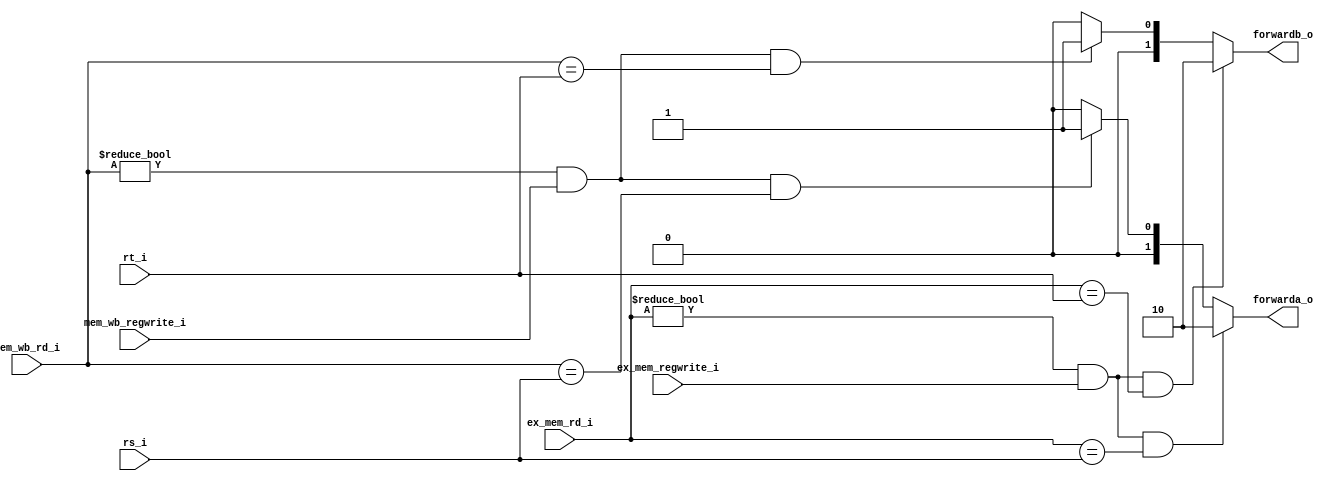
module forward_unit(rs_i , rt_i , ex_mem_rd_i , mem_wb_rd_i , ex_mem_regwrite_i , mem_wb_regwrite_i , forwarda_o , forwardb_o);
input [4:0]rs_i;
input [4:0]rt_i;
input [4:0]ex_mem_rd_i;
input [4:0]mem_wb_rd_i;
input mem_wb_regwrite_i;
input ex_mem_regwrite_i;

output [1:0]forwarda_o;
output [1:0]forwardb_o;

reg [1:0]forwarda_o;
reg [1:0]forwardb_o;

always@(*)begin
	if(ex_mem_rd_i != 0 && ex_mem_regwrite_i == 1 && ex_mem_rd_i == rs_i) forwarda_o = 2;
	else if(mem_wb_rd_i != 0 && mem_wb_regwrite_i == 1 && mem_wb_rd_i == rs_i) forwarda_o = 1;
	else forwarda_o = 0;

	if(ex_mem_rd_i != 0 && ex_mem_regwrite_i == 1 && ex_mem_rd_i == rt_i) forwardb_o = 2;
	else if(mem_wb_rd_i != 0 && mem_wb_regwrite_i == 1 && mem_wb_rd_i == rt_i) forwardb_o = 1;
	else forwardb_o = 0;
end
endmodule